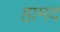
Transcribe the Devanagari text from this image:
हामद